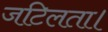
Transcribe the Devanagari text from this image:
जटिलता।